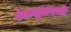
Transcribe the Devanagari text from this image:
टंकजुळवणी